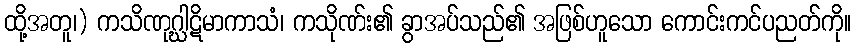
ထို့အတူ၊) ကသိဏုဂ္ဃါဋိမာကာသံ၊ ကသိုဏ်း၏ ခွာအပ်သည်၏ အဖြစ်ဟူသော ကောင်းကင်ပညတ်ကို။